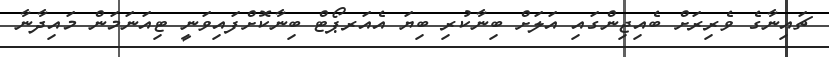
ޗައިނާގެ ވެރިރަށް ބެއިޖިންގައި އަލަށް ބިނާކުރި ބިޔަ އެއަރޕޯޓް ބިނާކޮށްފައިވަނީ ޓިއަނަމަން މައިދާނާ